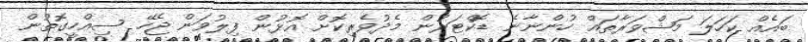
ބައެއް ކަހަލަ މަޝްވަރާތައް ހުންނާނެ ޑޮކްޓަރުން މެދުވެރިކޮށް އޮޅުން ފިލުވަން ޖެހޭ ސިއްހީގޮތުން